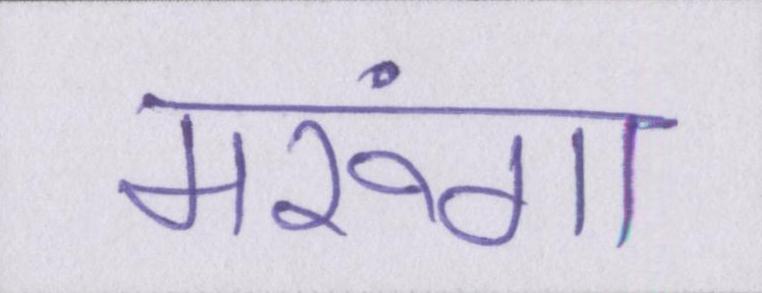
मरूंगा